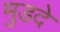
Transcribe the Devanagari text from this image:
मुडदे